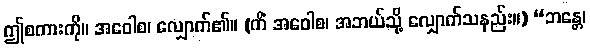
ဤစကားကို။ အဝေါစ၊ လျှောက်၏။ (ကိံ အဝေါစ၊ အဘယ်သို့ လျှောက်သနည်း။) “ဘန္တေ၊